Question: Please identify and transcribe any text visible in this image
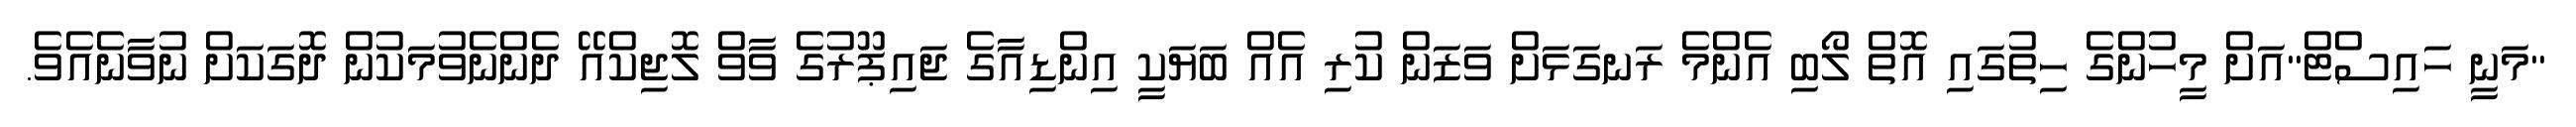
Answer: "މަނީ ހައިސްޓް"އަށް މީހުންގެ ހިތުގައި އޮތް ލޯބި އެންމެ ރަނގަޅަށް ވަޒަން ކުރި އެއް ބަޔަކީ އިންޑިއާގެ ޖައިޕޫރުގެ ވާވް ލޮޖިކްއޭ ދެންނެވުމަކުން ދޮގަކަށް ނުވާނެއެވެ.